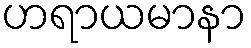
ဟရာယမာနာ